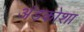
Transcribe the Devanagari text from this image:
अंडकोशा